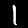
Label: 1